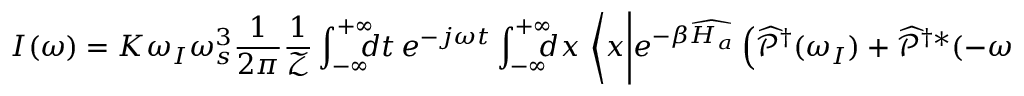
I ( \omega ) = K \omega _ { I } \omega _ { s } ^ { 3 } \frac { 1 } { 2 \pi } \frac { 1 } { \mathcal { Z } } \int _ { - \infty } ^ { + \infty } \! \! \! \! d t \, e ^ { - j \omega t } \int _ { - \infty } ^ { + \infty } \! \! \! \! d x \, \left< x \middle | e ^ { - \beta \widehat { H _ { a } } } \left( \widehat { \mathcal { P } } ^ { \dagger } ( \omega _ { I } ) + \widehat { \mathcal { P } } ^ { \dagger * } ( - \omega _ { I } ) \right) e ^ { \frac { j } { \hbar } t \widehat { H _ { a } } } \left( \widehat { \mathcal { P } } ( \omega _ { I } ) + \widehat { \mathcal { P } } ^ { * } ( - \omega _ { I } ) \right) e ^ { - \frac { j } { \hbar } t \widehat { H _ { a } } } \middle | x \right>